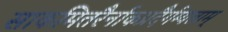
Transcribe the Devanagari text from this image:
साकमितरैर्नाकप्रदैर्गम्यताम्